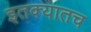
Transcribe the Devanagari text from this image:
इतक्यातच